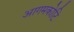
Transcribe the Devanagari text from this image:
आगमकोटि